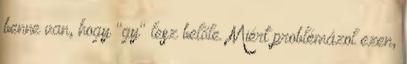
benne van, hogy "gy" lesz belőle. Miért problémázol ezen,